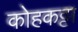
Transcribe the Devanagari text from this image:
कोहकट्टा